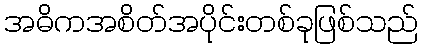
အဓိကအစိတ်အပိုင်းတစ်ခုဖြစ်သည်